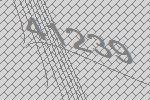
41239